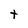
Character: t